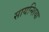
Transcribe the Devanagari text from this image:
सायन्शिया